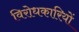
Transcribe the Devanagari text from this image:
विरोधकारियों